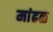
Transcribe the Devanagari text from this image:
मांढळ